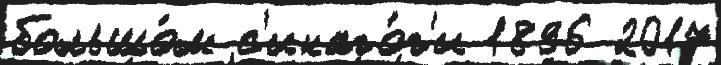
большо́м с'инаго́г'и 1896 2017